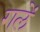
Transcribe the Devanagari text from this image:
गलें